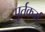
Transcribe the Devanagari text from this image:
पूर्तकर्म